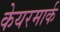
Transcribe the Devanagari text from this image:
केयरमार्क